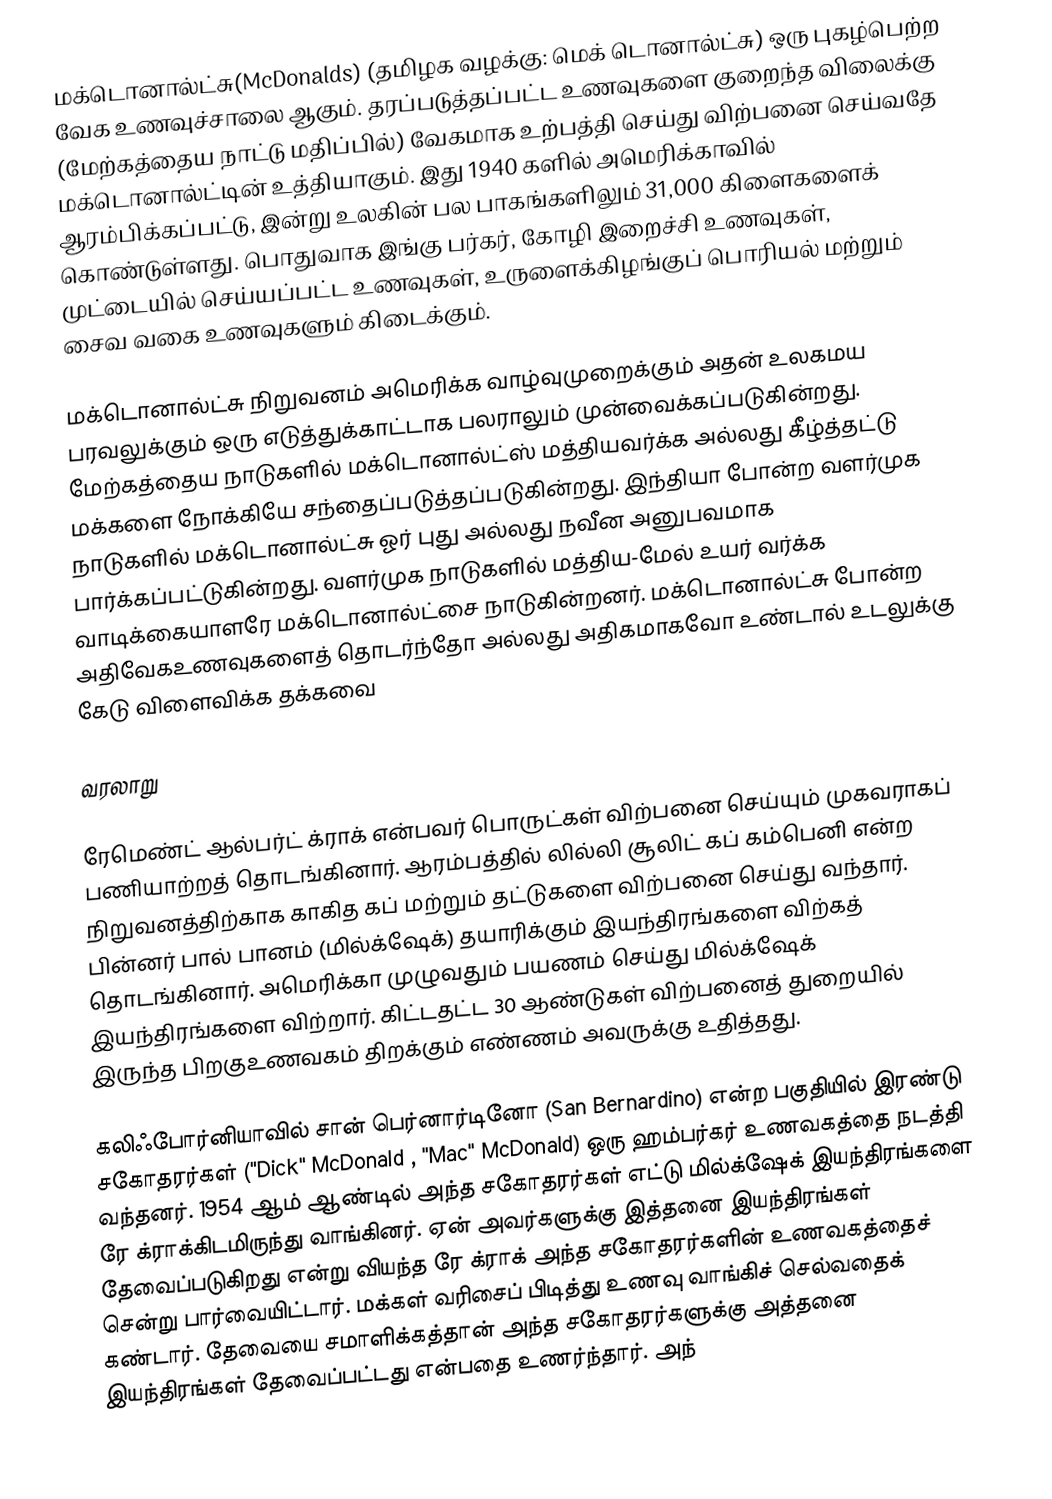
மக்டொனால்ட்சு(McDonalds) (தமிழக வழக்கு: மெக் டொனால்ட்சு) ஒரு புகழ்பெற்ற வேக உணவுச்சாலை ஆகும். தரப்படுத்தப்பட்ட உணவுகளை குறைந்த விலைக்கு (மேற்கத்தைய நாட்டு மதிப்பில்) வேகமாக உற்பத்தி செய்து விற்பனை செய்வதே மக்டொனால்ட்டின் உத்தியாகும். இது 1940 களில் அமெரிக்காவில் ஆரம்பிக்கப்பட்டு, இன்று உலகின் பல பாகங்களிலும் 31,000 கிளைகளைக் கொண்டுள்ளது. பொதுவாக இங்கு பர்கர், கோழி இறைச்சி உணவுகள், முட்டையில் செய்யப்பட்ட உணவுகள், உருளைக்கிழங்குப் பொரியல் மற்றும் சைவ வகை உணவுகளும் கிடைக்கும்.

மக்டொனால்ட்சு நிறுவனம் அமெரிக்க வாழ்வுமுறைக்கும் அதன் உலகமய பரவலுக்கும் ஒரு எடுத்துக்காட்டாக பலராலும் முன்வைக்கப்படுகின்றது.  மேற்கத்தைய நாடுகளில் மக்டொனால்ட்ஸ் மத்தியவர்க்க அல்லது கீழ்த்தட்டு மக்களை நோக்கியே சந்தைப்படுத்தப்படுகின்றது.  இந்தியா போன்ற வளர்முக நாடுகளில் மக்டொனால்ட்சு ஓர் புது அல்லது நவீன அனுபவமாக பார்க்கப்பட்டுகின்றது.  வளர்முக நாடுகளில் மத்திய-மேல் உயர் வர்க்க வாடிக்கையாளரே மக்டொனால்ட்சை நாடுகின்றனர். மக்டொனால்ட்சு போன்ற அதிவேகஉணவுகளைத் தொடர்ந்தோ அல்லது அதிகமாகவோ உண்டால் உடலுக்கு கேடு விளைவிக்க தக்கவை

வரலாறு

ரேமெண்ட் ஆல்பர்ட் க்ராக் என்பவர் பொருட்கள்  விற்பனை செய்யும் முகவராகப் பணியாற்றத் தொடங்கினார். ஆரம்பத்தில் லில்லி சூலிட் கப் கம்பெனி என்ற நிறுவனத்திற்காக காகித கப் மற்றும் தட்டுகளை விற்பனை செய்து வந்தார். பின்னர் பால் பானம் (மில்க்‌ஷேக்) தயாரிக்கும் இயந்திரங்களை விற்கத் தொடங்கினார். அமெரிக்கா முழுவதும் பயணம் செய்து மில்க்‌ஷேக் இயந்திரங்களை விற்றார். கிட்டதட்ட 30 ஆண்டுகள் விற்பனைத் துறையில் இருந்த பிறகுஉணவகம் திறக்கும் எண்ணம் அவருக்கு உதித்தது.

கலிஃபோர்னியாவில்  சான் பெர்னார்டினோ (San Bernardino) என்ற பகுதியில்  இரண்டு சகோதரர்கள் ("Dick" McDonald , "Mac" McDonald) ஒரு ஹம்பர்கர் உணவகத்தை நடத்தி வந்தனர். 1954 ஆம் ஆண்டில் அந்த சகோதரர்கள் எட்டு மில்க்‌ஷேக் இயந்திரங்களை ரே க்ராக்கிடமிருந்து வாங்கினர். ஏன் அவர்களுக்கு இத்தனை இயந்திரங்கள் தேவைப்படுகிறது என்று வியந்த ரே க்ராக் அந்த சகோதரர்களின் உணவகத்தைச் சென்று பார்வையிட்டார். மக்கள் வரிசைப் பிடித்து உணவு வாங்கிச் செல்வதைக் கண்டார். தேவையை சமாளிக்கத்தான் அந்த சகோதரர்களுக்கு அத்தனை இயந்திரங்கள் தேவைப்பட்டது என்பதை உணர்ந்தார். அந்